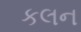
કલન